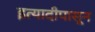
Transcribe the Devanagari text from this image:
इत्यादीपासून